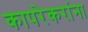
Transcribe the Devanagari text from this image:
कापरेकरांना